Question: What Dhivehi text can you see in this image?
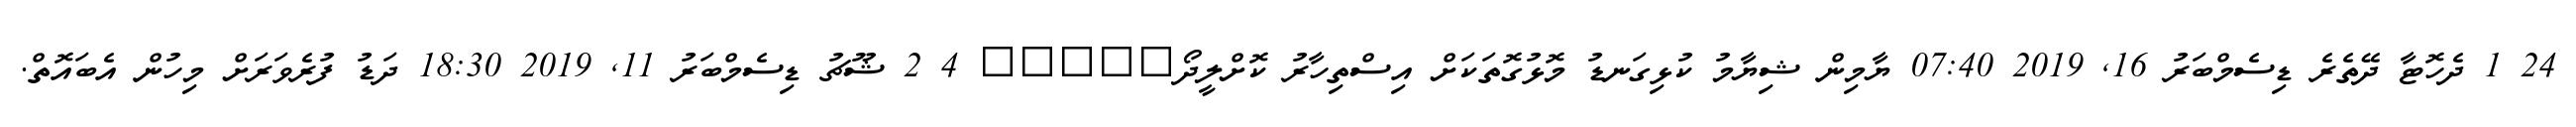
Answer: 24 1 ދެހޮޓާ ދޭތެރެ ޑިސެމްބަރު 16, 2019 07:40 ޔާމިން ޝިޔާމު ކުޅިގަނޑު މޮޅުގޮތަކަށް އިސްތިހާރު ކޮށްލީދޯ????? 4 2 ޝޫޗު ޑިސެމްބަރު 11, 2019 18:30 ދަޑު ފުރެވަރަށް މިހުން އެބައޮތް.